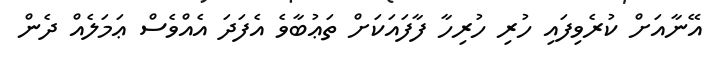
އޭނާއަށް ކުރެވިފައި ހުރި ހުރިހާ ފާފައަކަށް ތަޢުބާވެ އެފަަދަ އެއްވެސް ޢަމަލެއް ދެން